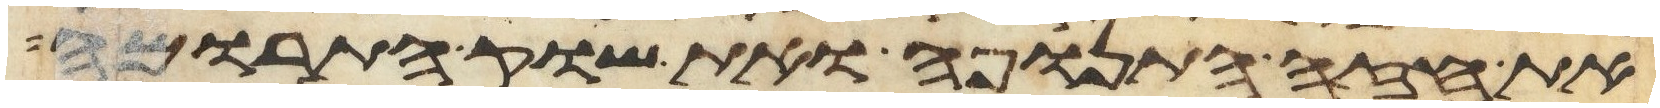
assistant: את חזה התנופה ואת שוק התרומה